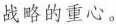
战略的重心。